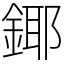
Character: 鎁